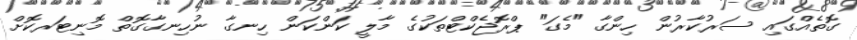
ގޮތެއްގައި ސަރުކާރުން ހިންގާ "މެގަ" ޕްރޮޖެކްޓްތަކުގެ މާލީ ކަންކަން ހިނގާ ނުހިނގާގޮތް މޮނިޓަރކޮށް